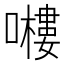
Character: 𭋶